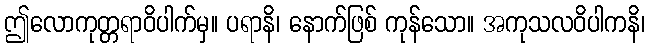
ဤလောကုတ္တရာဝိပါက်မှ။ ပရာနိ၊ နောက်ဖြစ် ကုန်သော။ အကုသလဝိပါကနိ၊